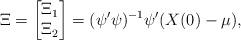
LaTeX: \begin{align*}\Xi = \begin{bmatrix} \Xi_1 \\ \Xi_2 \end{bmatrix} = (\psi^\prime\psi)^{-1}\psi^\prime(X(0)-\mu), \end{align*}